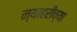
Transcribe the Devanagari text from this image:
न्याहरीच्या